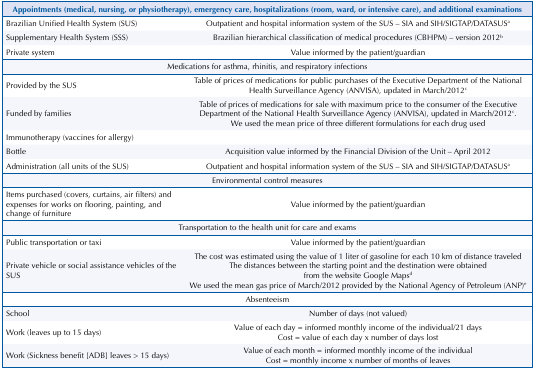
<table><thead><tr><td colspan="2"><b>Appointments (medical, nursing, or physiotherapy), emergency care, hospitalizations (room, ward, or intensive care), and additional examinations</b></td></tr></thead><tbody><tr><td>Brazilian Unified Health System (SUS)</td><td>Outpatient and hospital information system of the SUS – SIA and SIH/SIGTAP/DATASUS<sup>a</sup></td></tr><tr><td>Supplementary Health System (SSS)</td><td>Brazilian hierarchical classification of medical procedures (CBHPM) – version 2012<sup>b</sup></td></tr><tr><td>Private system</td><td>Value informed by the patient/guardian</td></tr><tr><td colspan="2">Medications for asthma, rhinitis, and respiratory infections</td></tr><tr><td>Provided by the SUS</td><td>Table of prices of medications for public purchases of the Executive Department of the National Health Surveillance Agency (ANVISA), updated in March/2012<sup>c</sup></td></tr><tr><td>Funded by families</td><td>Table of prices of medications for sale with maximum price to the consumer of the Executive Department of the National Health Surveillance Agency (ANVISA), updated in March/2012<sup>c</sup>. We used the mean price of three different formulations for each drug used</td></tr><tr><td colspan="2">Immunotherapy (vaccines for allergy)</td></tr><tr><td>Bottle</td><td>Acquisition value informed by the Financial Division of the Unit – April 2012</td></tr><tr><td>Administration (all units of the SUS)</td><td>Outpatient and hospital information system of the SUS – SIA and SIH/SIGTAP/DATASUS<sup>a</sup></td></tr><tr><td colspan="2">Environmental control measures</td></tr><tr><td>Items purchased (covers, curtains, air filters) and expenses for works on flooring, painting, and change of furniture</td><td>Value informed by the patient/guardian</td></tr><tr><td colspan="2">Transportation to the health unit for care and exams</td></tr><tr><td>Public transportation or taxi</td><td>Value informed by the patient/guardian</td></tr><tr><td>Private vehicle or social assistance vehicles of the SUS</td><td>The cost was estimated using the value of 1 liter of gasoline for each 10 km of distance traveled The distances between the starting point and the destination were obtained from the website Google Maps<sup>d</sup> We used the mean gas price of March/2012 provided by the National Agency of Petroleum (ANP)<sup>e</sup></td></tr><tr><td colspan="2">Absenteeism</td></tr><tr><td>School</td><td>Number of days (not valued)</td></tr><tr><td>Work (leaves up to 15 days)</td><td>Value of each day = informed monthly income of the individual/21 days Cost = value of each day x number of days lost</td></tr><tr><td>Work (Sickness benefit [ADB] leaves &gt; 15 days)</td><td>Value of each month = informed monthly income of the individual Cost = monthly income x number of months of leaves</td></tr></tbody></table>